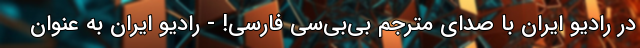
در رادیو ایران با صدای مترجم بی‌بی‌سی فارسی! - رادیو ایران به عنوان